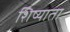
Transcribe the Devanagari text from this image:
शिष्याता